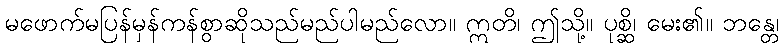
မဖောက်မပြန်မှန်ကန်စွာဆိုသည်မည်ပါမည်လော။ ဣတိ၊ ဤသို့။ ပုစ္ဆိ၊ မေး၏။ ဘန္တေ၊